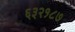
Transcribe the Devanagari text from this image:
६३२१८७